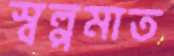
স্বল্পমাত